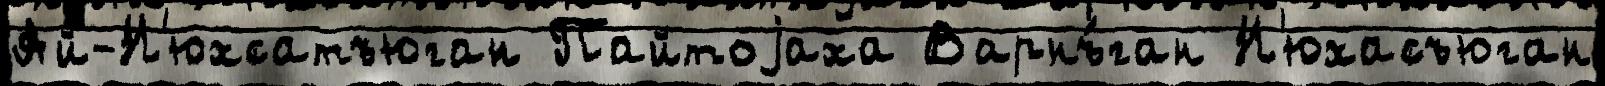
Ай-Н'юхсатъюган Пайтоjаха Варнъ́ган Н'юхасъюган